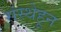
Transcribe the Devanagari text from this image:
संस्थेहून